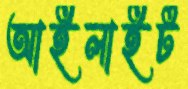
আইলাইট